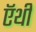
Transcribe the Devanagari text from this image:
ऍथी